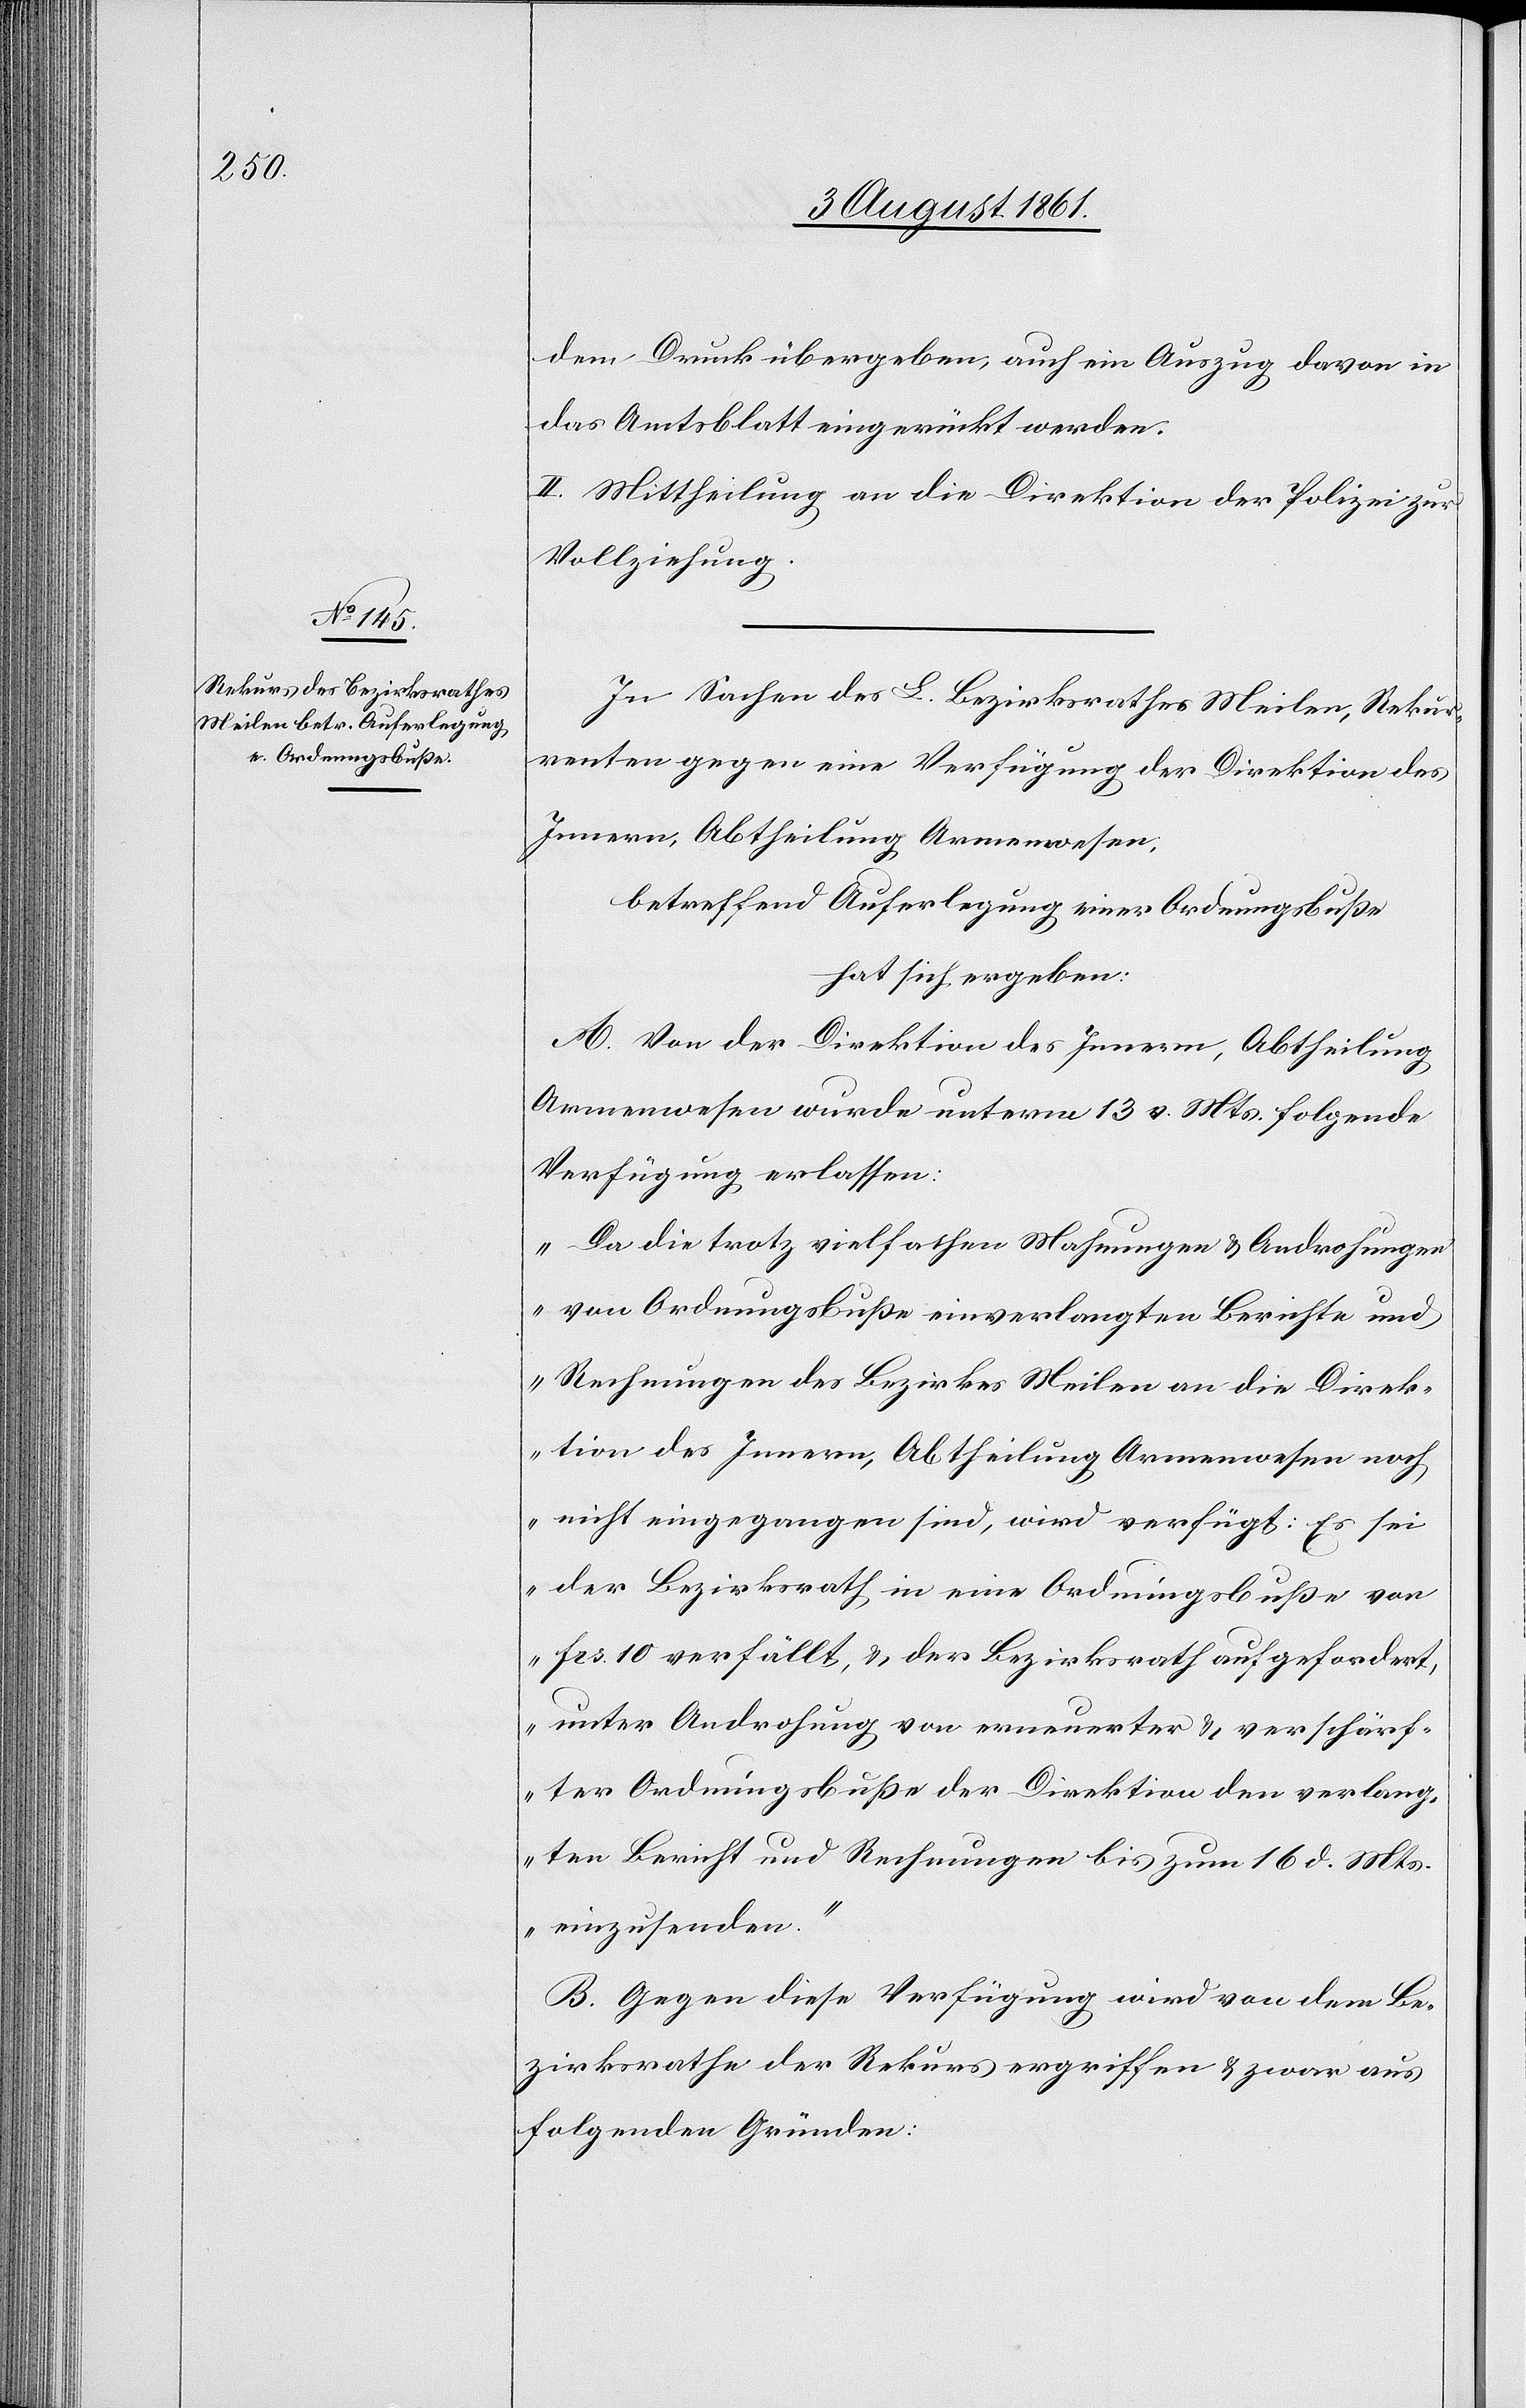
dem Druck übergeben, auch ein Auszug davon in
das Amtsblatt eingerückt werden.
II. Mittheilung an die Direktion der Polizei zur
Vollziehung.
In Sachen des L. Bezirksrathes Meilen, Rekur¬
renten gegen eine Verfügung der Direktion des
Innern, Abtheilung Armenwesen,
betreffend Auferlegung einer Ordnungsbuße,
hat sich ergeben:
A. Von der Direktion des Innern, Abtheilung
Armenwesen wurde unterm 13 v. Mts. folgende
Verfügung erlassen:
„Da diese trotz vielfachen Mahnungen u. Androhungen
von Ordnungsbuße einverlangten Berichte und
Rechnungen des Bezirkes Meilen an die Direk¬
tion des Innern, Abtheilung Armenwesen noch
nicht eingegangen sind, wird verfügt: Es sei
der Bezirksrath in eine Ordnungsbuße von
frs. 10 verfällt, u. der Bezirksrath aufgefordert,
unter Androhung von erneuerter u. verschärf¬
ter Ordnungsbuße der Direktion den verlang¬
ten Bericht und Rechnungen bis zum 16 d. Mts.
einzusenden.“
B. Gegen diese Verfügung wird von dem Be¬
zirksrathe der Rekurs ergriffen u. zwar aus
folgenden Gründen: